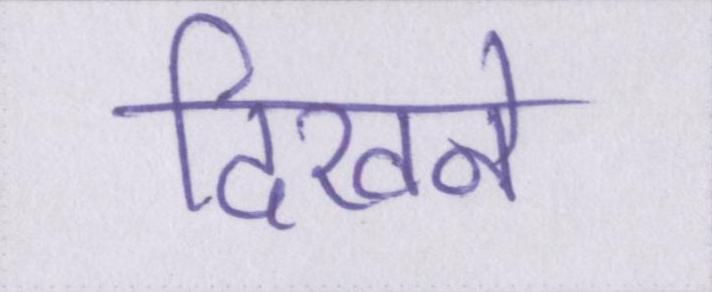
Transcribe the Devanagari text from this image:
दिखने